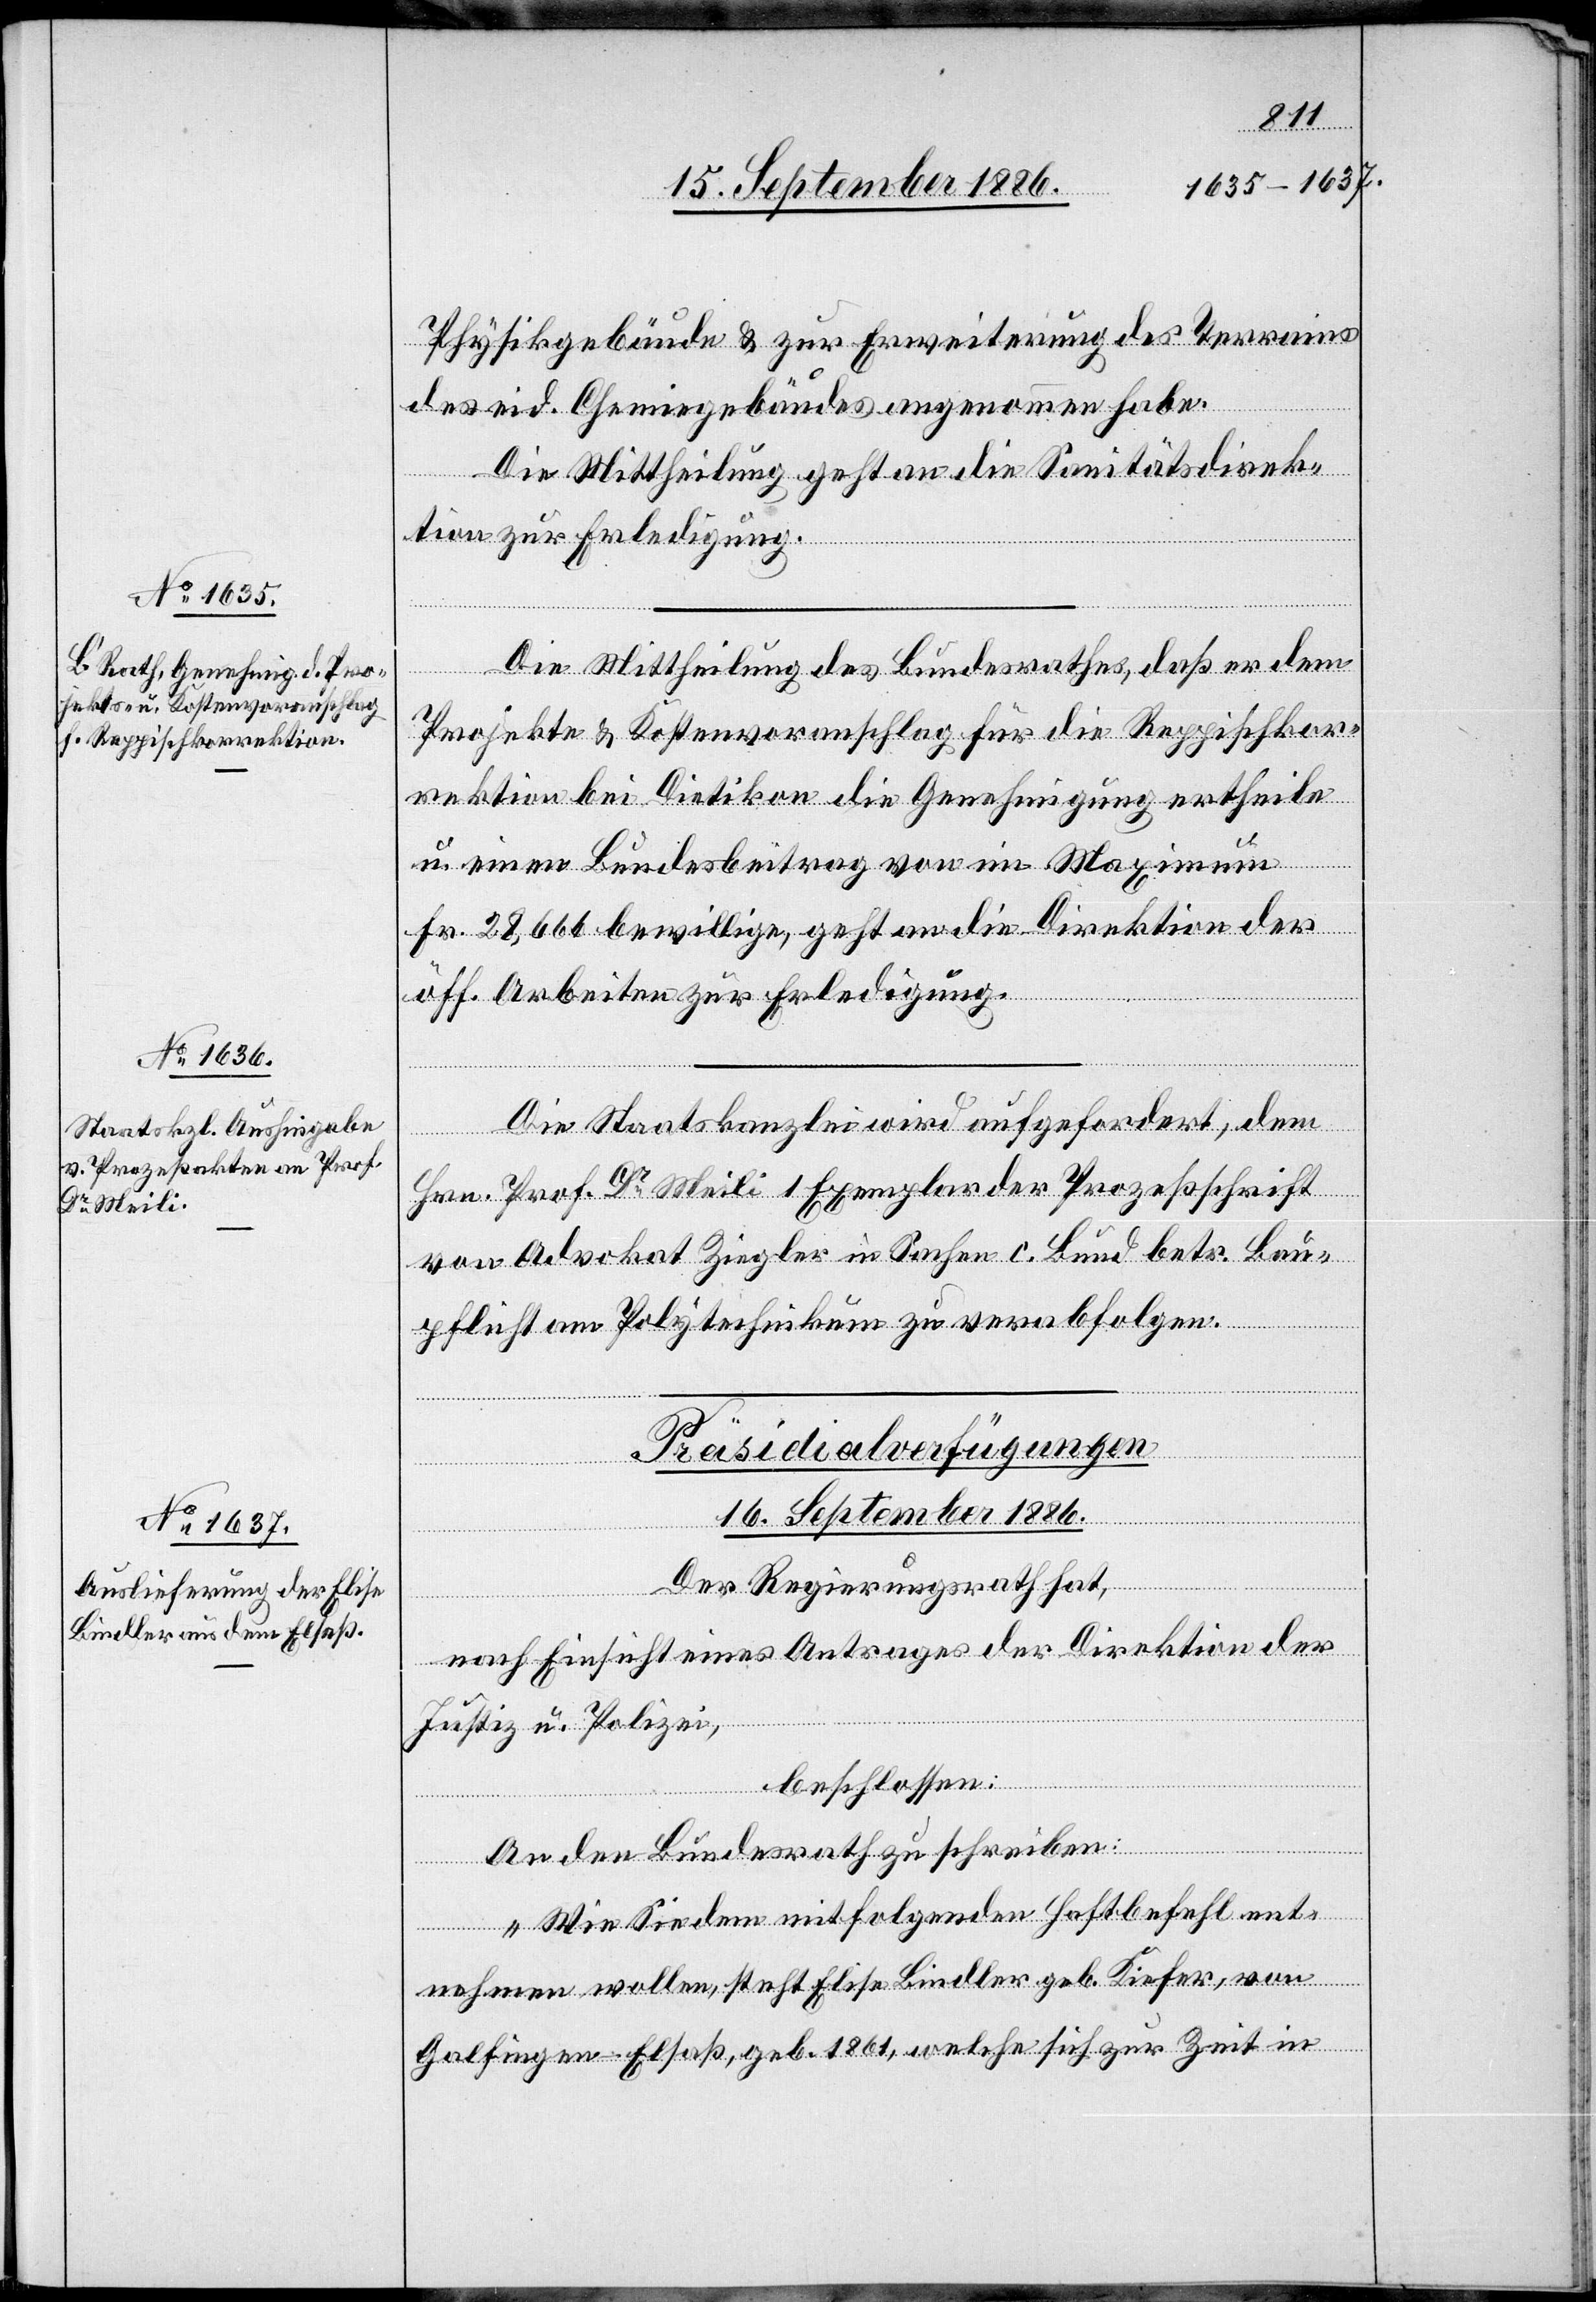
Physikgebäude & zur Erweiterung des Terrains
des eid. Chemiegebäudes angenommen habe.
Die Mittheilung geht an die Sanitätsdirek¬
tion zur Erledigung.
Die Mittheilung des Bundesrathes, daß er dem
Projekte & Kostenvoranschlag für die Reppischkor¬
rektion bei Dietikon die Genehmigung ertheilt
u. einen Bundesbeitrag von im Maximum
Fr. 28,666 bewillige, geht an die Direktion der
öff. Arbeiten zur Erledigung.
Die Staatskanzlei wird aufgefordert, dem
Hrn. Prof. Dr Meili 1 Exemplar der Prozeßschrift
von Advokat Ziegler in Sachen c. Bund betr. Bau¬
pflicht am Polytechnikum zu verabfolgen.
Präsidialverfügungen
16. September 1886.
Der Regierungsrath hat,
nach Einsicht eines Antrages der Direktion der
Justiz & Polizei,
beschlossen:
An den Bundesrath zu schreiben:
„Wie Sie dem mitfolgenden Haftbefehl ent¬
nehmen wollen, steht Elise Bindler geb. Kiefer, von
Galfingen - Elsaß, geb. 1861, welche sich zur Zeit in